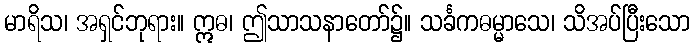
မာရိသ၊ အရှင်ဘုရား။ ဣဓ၊ ဤသာသနာတော်၌။ သင်္ခကဓမ္မာသေ၊ သိအပ်ပြီးသော